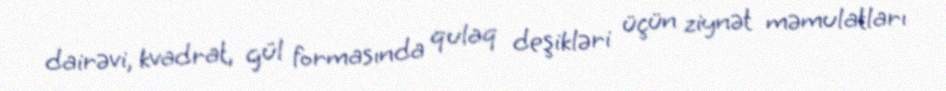
dairəvi, kvadrat, gül formasında qulaq deşikləri üçün ziynət məmulatları